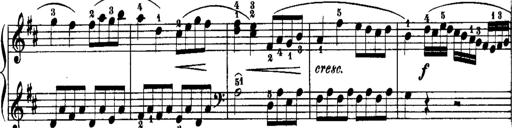
Title: Rondos and Sonatinas for Pianoforte
Composer: Daniel Steibelt